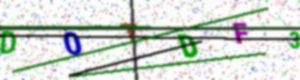
Text: D0TDF3